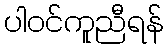
ပါဝင်ကူညီရန်